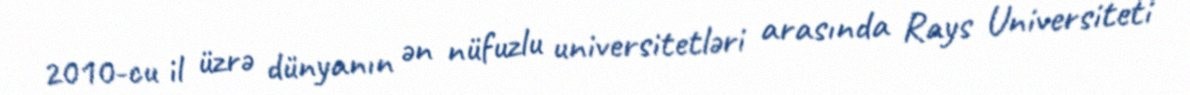
2010-cu il üzrə dünyanın ən nüfuzlu universitetləri arasında Rays Universiteti